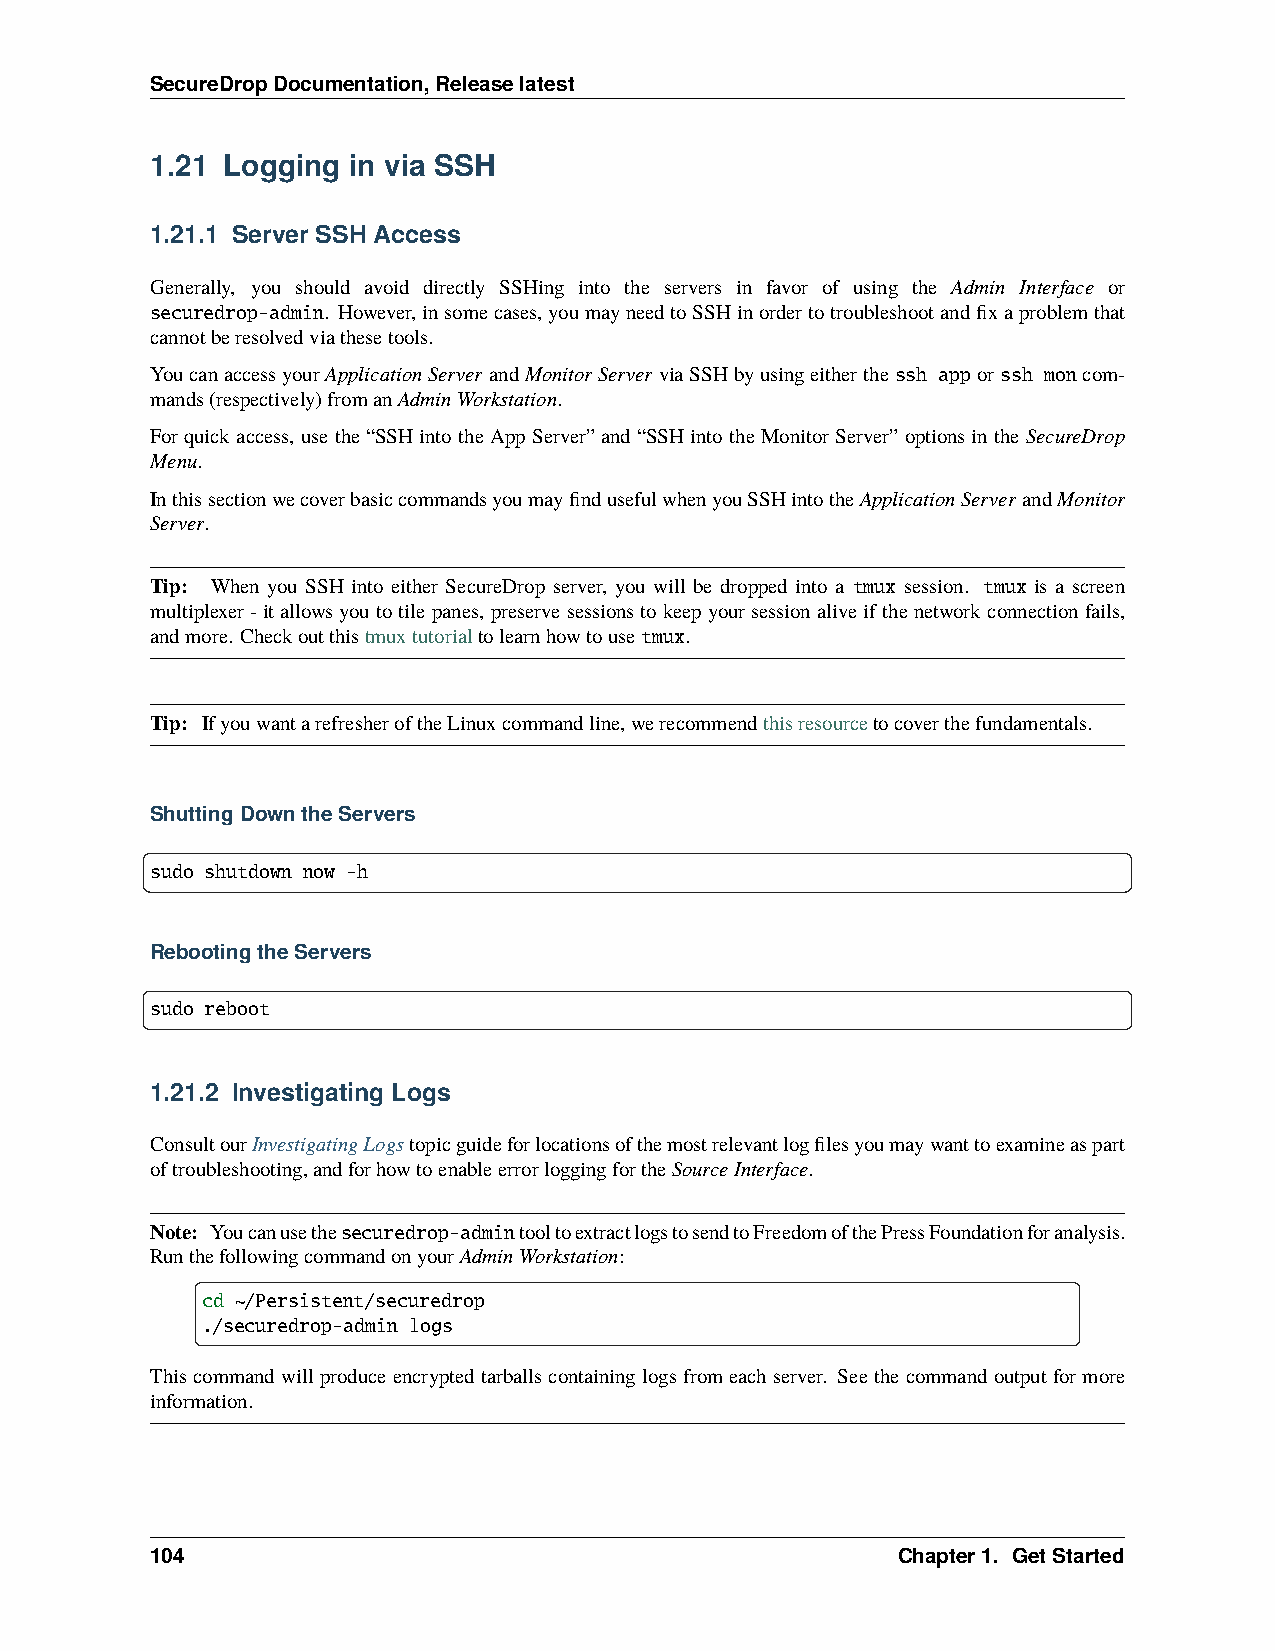
SecureDropDocumentation,Releaselatest
 1.21 Logging in via SSH
 1.21.1 Server SSH Access
 Generally, you should avoid directly SSHing into the servers in favor of using the Admin Interface or
 securedrop-admin. However,insomecases,youmayneedtoSSHinordertotroubleshootandfixaproblemthat
 cannotberesolvedviathesetools.
 YoucanaccessyourApplicationServer andMonitorServer viaSSHbyusingeitherthessh appor ssh moncom-
 mands(respectively)fromanAdminWorkstation.
 Forquickaccess, usethe“SSHintotheAppServer”and“SSHintotheMonitorServer”optionsintheSecureDrop
 Menu.
 InthissectionwecoverbasiccommandsyoumayfindusefulwhenyouSSHintotheApplicationServerandMonitor
 Server.
 Tip: When you SSH into either SecureDrop server, you will be dropped into a tmux session. tmux is a screen
 multiplexer-itallowsyoutotilepanes, preservesessionstokeepyoursessionaliveifthenetworkconnectionfails,
 andmore. Checkoutthistmuxtutorialtolearnhowtousetmux.
 Tip: IfyouwantarefresheroftheLinuxcommandline,werecommendthisresourcetocoverthefundamentals.
 ShuttingDowntheServers
 sudo shutdown now -h
 RebootingtheServers
 sudo reboot
 1.21.2 Investigating Logs
 ConsultourInvestigatingLogstopicguideforlocationsofthemostrelevantlogfilesyoumaywanttoexamineaspart
 oftroubleshooting,andforhowtoenableerrorloggingfortheSourceInterface.
 Note: Youcanusethesecuredrop-admintooltoextractlogstosendtoFreedomofthePressFoundationforanalysis.
 RunthefollowingcommandonyourAdminWorkstation:
 cd ~/Persistent/securedrop
 ./securedrop-admin logs
 Thiscommandwillproduceencryptedtarballscontaininglogsfromeachserver. Seethecommandoutputformore
 information.
 104                                              Chapter1. GetStarted